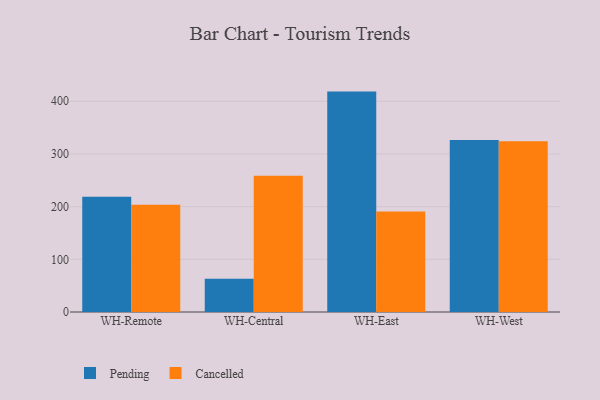
{"axis": {"x": "Warehouse", "y": "Tickets Resolved"}, "legend": ["Cancelled", "Pending"], "data": [{"x": "WH-Remote", "y": 218.6, "type": "Pending"}, {"x": "WH-Remote", "y": 203.6, "type": "Cancelled"}, {"x": "WH-Central", "y": 63.3, "type": "Pending"}, {"x": "WH-Central", "y": 258.8, "type": "Cancelled"}, {"x": "WH-East", "y": 418.4, "type": "Pending"}, {"x": "WH-East", "y": 191.0, "type": "Cancelled"}, {"x": "WH-West", "y": 326.7, "type": "Pending"}, {"x": "WH-West", "y": 324.0, "type": "Cancelled"}]}